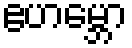
ဧဟမ္ဘော